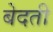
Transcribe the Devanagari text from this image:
बेदती